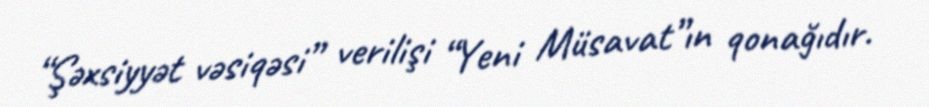
“Şəxsiyyət vəsiqəsi” verilişi “Yeni Müsavat”ın qonağıdır.